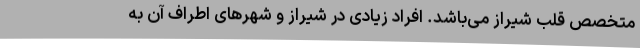
متخصص قلب شیراز می‌باشد. افراد زیادی در شیراز و شهرهای اطراف آن به